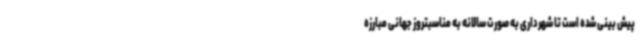
پیش بینی شده است تا شهرداری به صورت سالانه به مناسبتروز جهانی مبارزه